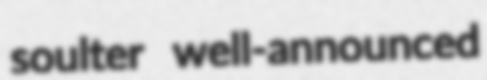
soulter well-announced